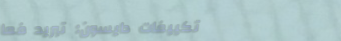
تكييفات دايسون: تبريد فعا